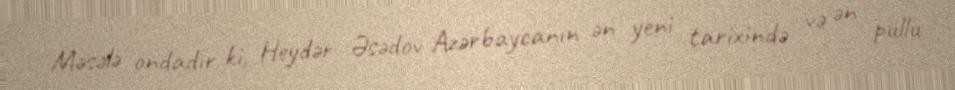
Məsələ ondadır ki, Heydər Əsədov Azərbaycanın ən yeni tarixində və ən pullu